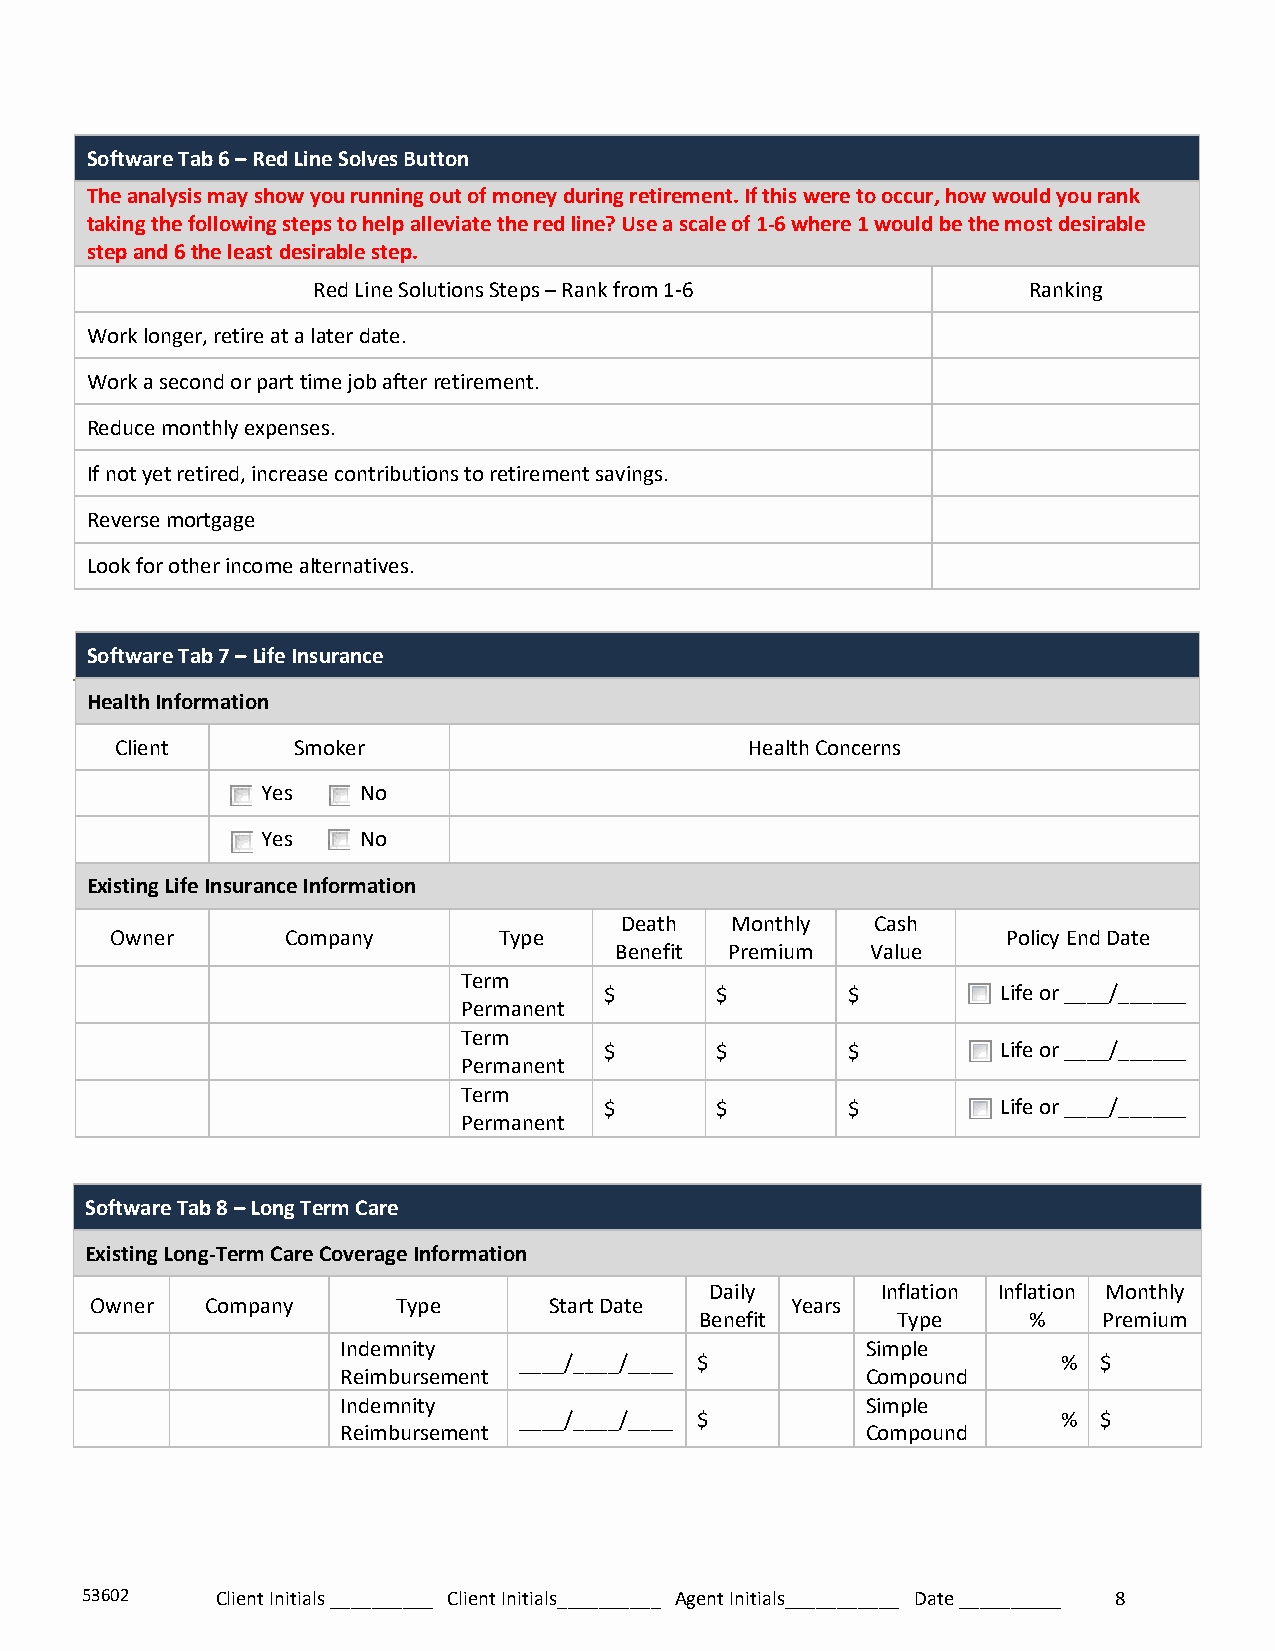
Software Tab 6 – Red Line Solves Button
 The analysis may show you running out of money during retirement. If this were to occur, how would you rank
 taking the following steps to help alleviate the red line? Use a scale of 1-6 where 1 would be the most desirable
 step and 6 the least desirable step.
 Red Line Solutions Steps – Rank from 1-6       Ranking
 Work longer, retire at a later date.
 Work a second or part time job after retirement.
 Reduce monthly expenses.
 If not yet retired, increase contributions to retirement savings.
 Reverse mortgage
 Look for other income alternatives.
 Software Tab 7 – Life Insurance
 Health Information
 Client     Smoker                         Health Concerns
 Yes    No
 Yes    No
 Existing Life Insurance Information
 Death  Monthly   Cash
 Owner       Company       Type                              Policy End Date
 Benefit Premium  Value
 Term
 $      $        $         Life or ____/______
 Permanent
 Term
 $      $        $         Life or ____/______
 Permanent
 Term
 $      $        $         Life or ____/______
 Permanent
 Software Tab 8 – Long Term Care
 Existing Long-Term Care Coverage Information
 Daily      Inflation Inflation Monthly
 Owner   Company     Type      Start Date      Years
 Benefit      Type     %    Premium
 Indemnity                         Simple
 ____/____/____ $                    %  $
 Reimbursement                     Compound
 Indemnity                         Simple
 ____/____/____ $                    %  $
 Reimbursement                     Compound
 53602    Client Initials __________ Client Initials__________ Agent Initials___________ Date __________ 8